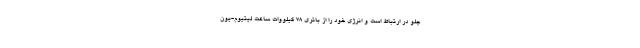
جلو در ارتباط است و انرژی خود را از باتری 78 کیلووات ساعت لیتیوم-یون